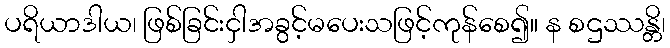
ပရိယာဒါယ၊ ဖြစ်ခြင်းငှါအခွင့်မပေးသဖြင့်ကုန်စေ၍။ န စဌဿန္တိ၊